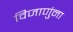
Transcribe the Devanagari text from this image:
विजाणुंना